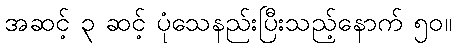
အဆင့် ၃ ဆင့် ပုံသေနည်းပြီးသည့်နောက် ၅၀။